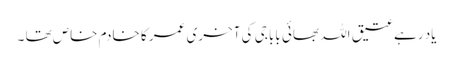
یاد رہے عتیق اللہ بھائی بابا جی کی آخری عمر کا خادم خاص تھا ۔